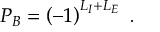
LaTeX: P _ { B } = \left( - 1 \right) ^ { L _ { I } + L _ { E } } \ .